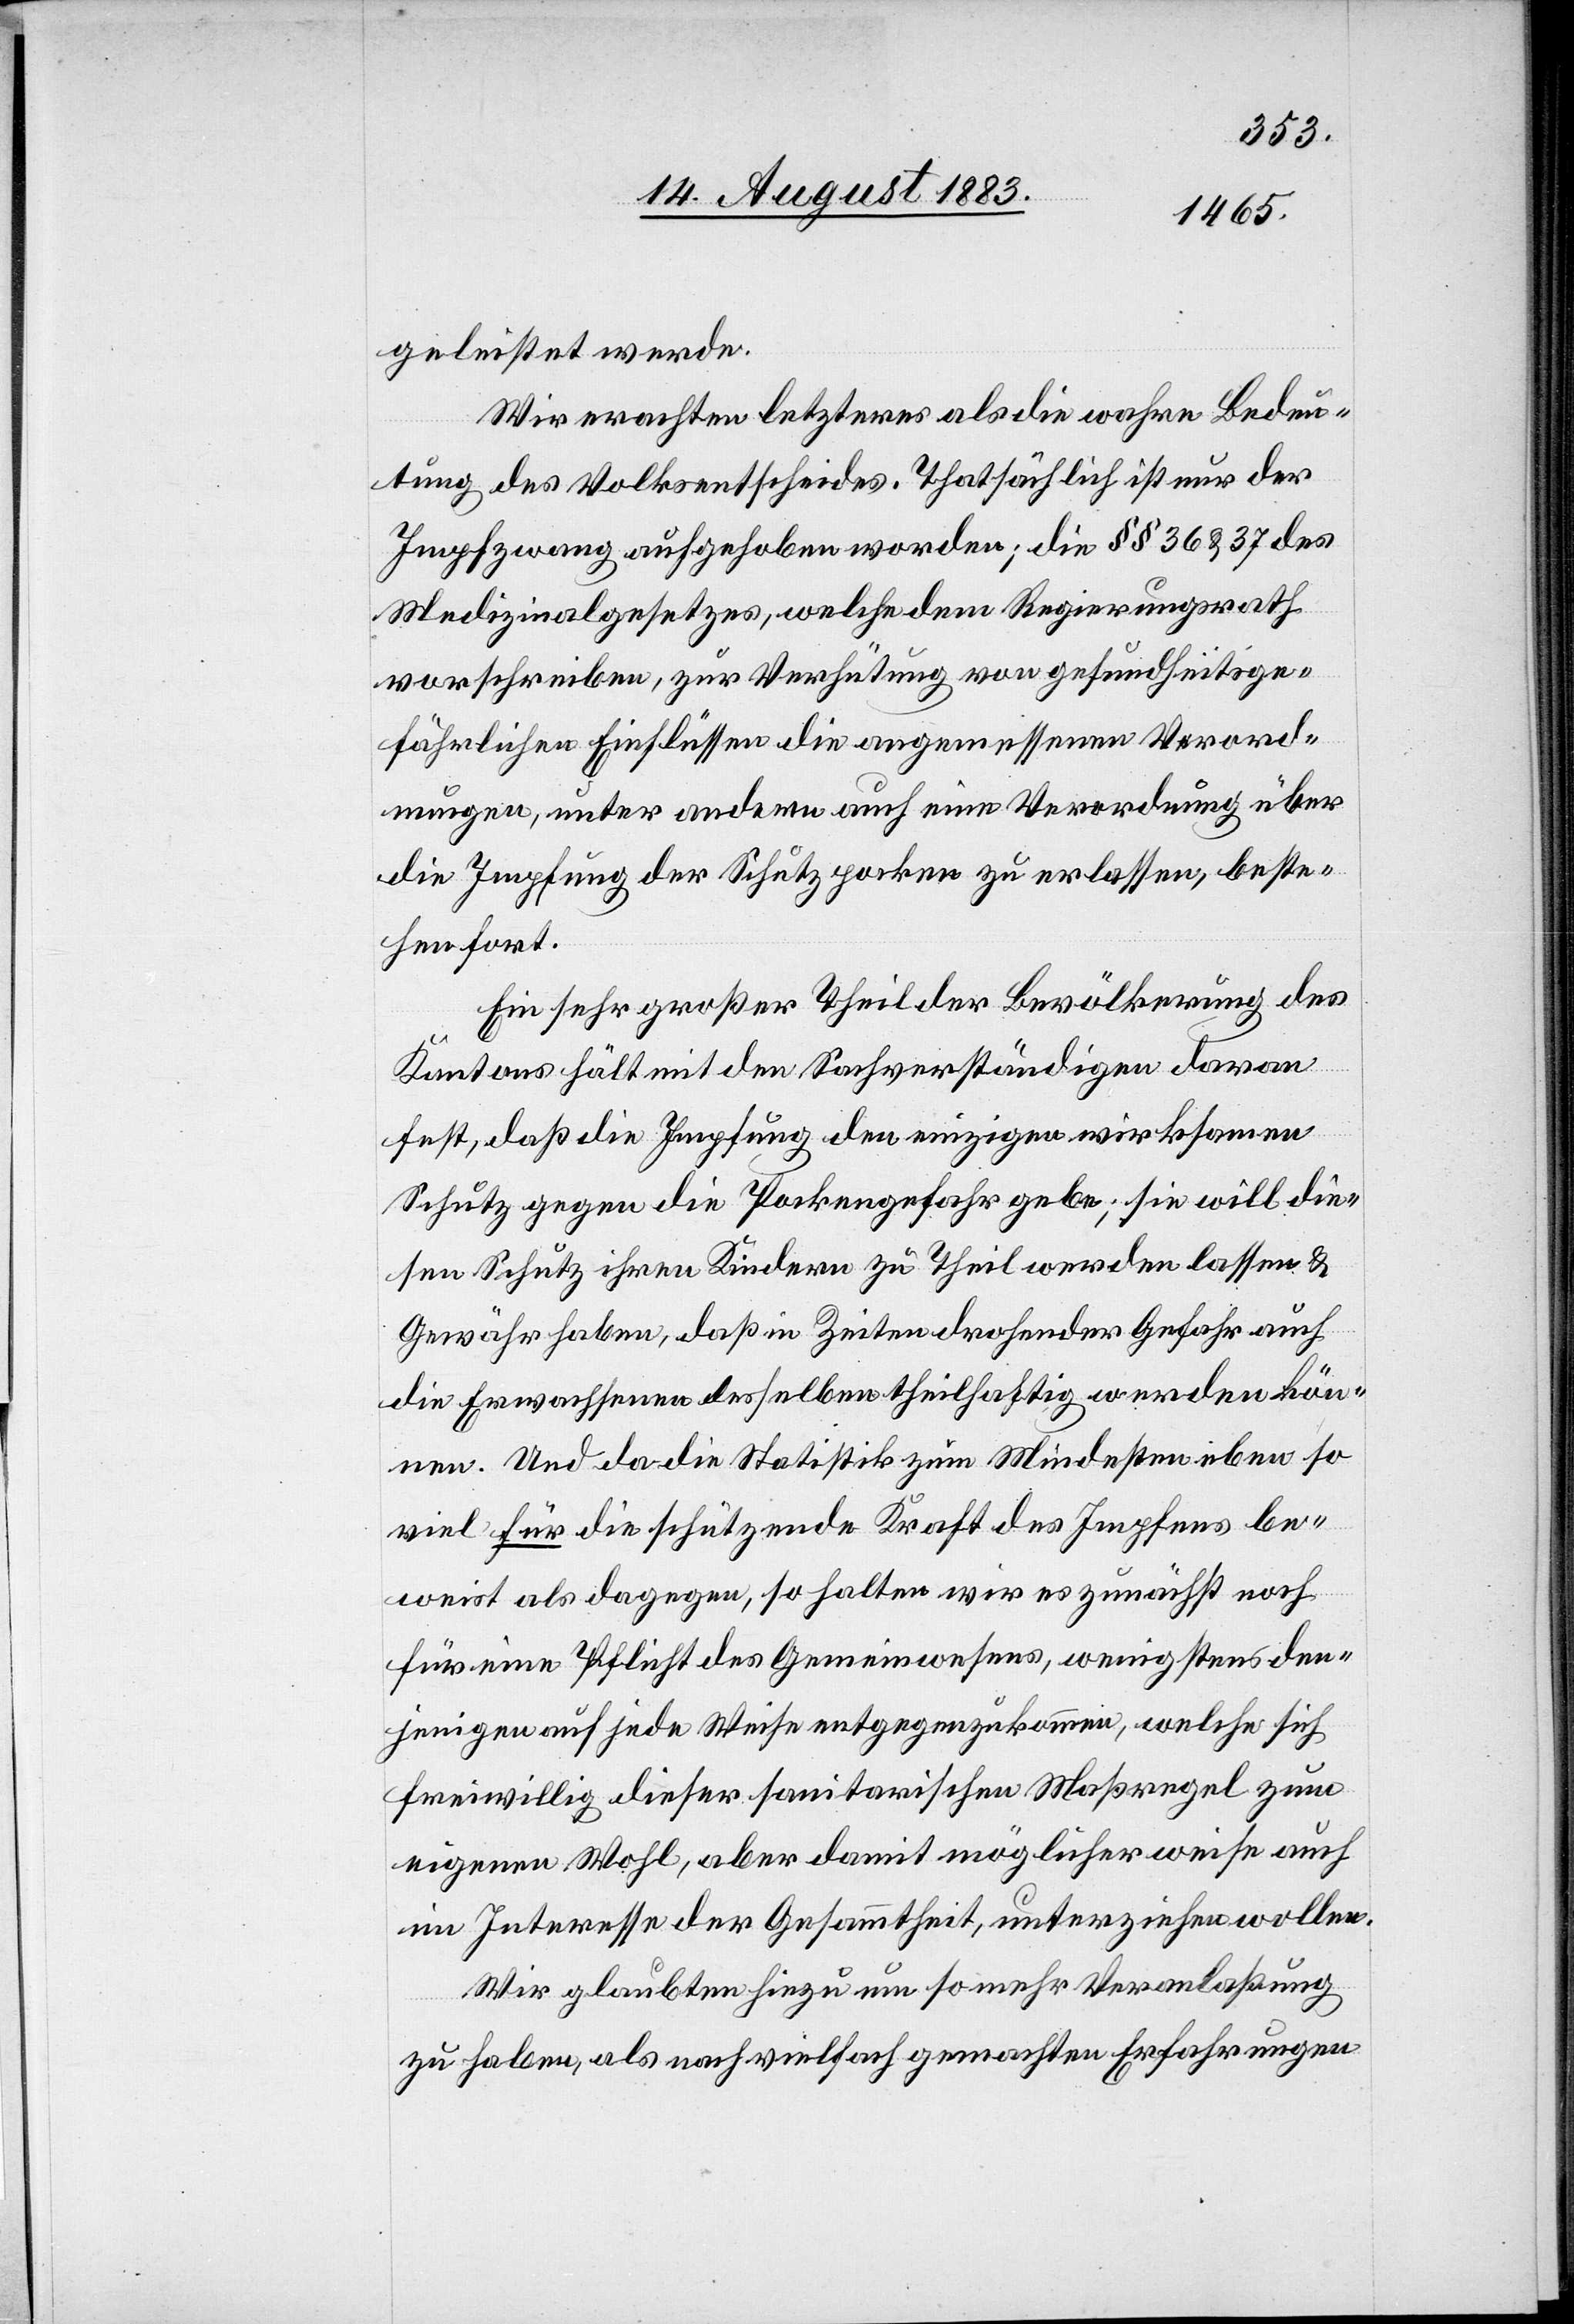
geleistet werde.
Wir erachten letzteres als die wahre Bedeu¬
tung des Volksentscheides. Thatsächlich ist nur der
Impfzwang aufgehoben worden; die §§ 36 & 37 des
Medizinalgesetzes, welche dem Regierungsrath
vorschreiben, zur Verhütung von gesundheitsge¬
fährlichen Einflüssen die angemessenen Verord¬
nungen, unter andern auch eine Verordnung über
die Impfung der Schutzpocken zu erlassen, beste¬
hen fort.
Ein sehr großer Theil der Bevölkerung des
Kantons hält mit den Sachverständigen daran
fest, daß die Impfung den einzigen wirksamen
Schutz gegen die Pockengefahr gebe; sie will die¬
sen Schutz ihren Kindern zu Theil werden lassen &
Gewähr haben, daß in Zeiten der Gefahr auch
die Erwachsenen desselben theilhaftig werden kön¬
nen. Und da die Statistik zum Mindesten eben so
viel für die schützende Kraft des Impfens be¬
weist als dagegen, so halten wir es zunächst noch
für eine Pflicht des Gemeinwesens, wenigstens den¬
jenigen auf jede Weise entgegenzukommen, welche sich
freiwillig dieser sanitarischen Maßregel zum
eigenen Wohl, aber damit möglicherweise auch
im Interesse der Gesammtheit, unterziehen wollen.
Wir glauben hiezu um so mehr Veranlaßung
zu haben, als nach vielfach gemachten Erfahrungen